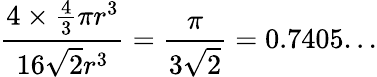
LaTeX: {\frac{4\times{\frac{4}{3}}\pi r^{3}}{16{\sqrt{2}}r^{3}}}={\frac{\pi}{3{\sqrt{2}}}}=0.7405...